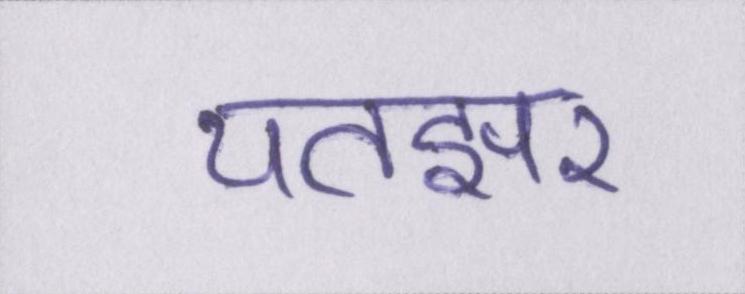
पतझर